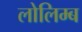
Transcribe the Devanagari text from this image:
लोलिम्ब